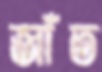
জাঁত